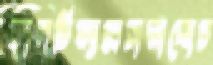
কালটিম্যাক্সচাল্লাচ্ছেচ